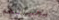
بحياتهم